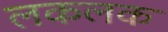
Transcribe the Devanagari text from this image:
लकलक